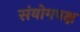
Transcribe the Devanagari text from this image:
संयोगपक्ष